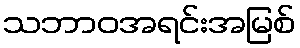
သဘာဝအရင်းအမြစ်